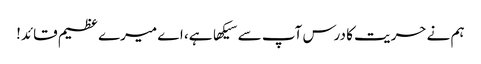
ہم نے حریت کا درس آپ سے سیکها ہے، اے میرے عظیم قائد!